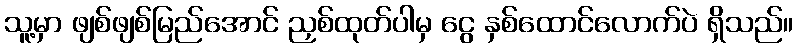
သူ့မှာ ဖျစ်ဖျစ်မြည်အောင် ညှစ်ထုတ်ပါမှ ငွေ နှစ်ထောင်လောက်ပဲ ရှိသည်။